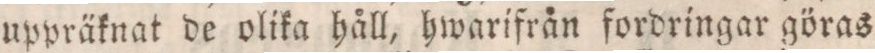
uppräknat de olika håll, hwarifrån fordringar göras